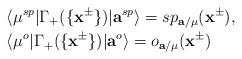
LaTeX: \begin{align*}&\langle \mu^{sp}|\Gamma_+(\{\mathbf{x}^{\pm}\})|\mathbf{a}^{sp}\rangle=sp_{\mathbf{a}/\mu}(\mathbf{x}^{\pm}),\\&\langle \mu^{o}|\Gamma_+(\{\mathbf{x}^{\pm}\})|\mathbf{a}^{o}\rangle=o_{\mathbf{a}/\mu}(\mathbf{x}^{\pm})\end{align*}